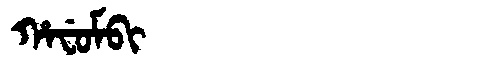
Manchu: ᡥᠠᠸᡠᠮᠪᡳ
Romanization: HAFUMBI